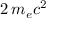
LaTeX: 2 \, m _ { e } c ^ { 2 }